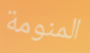
المنومة